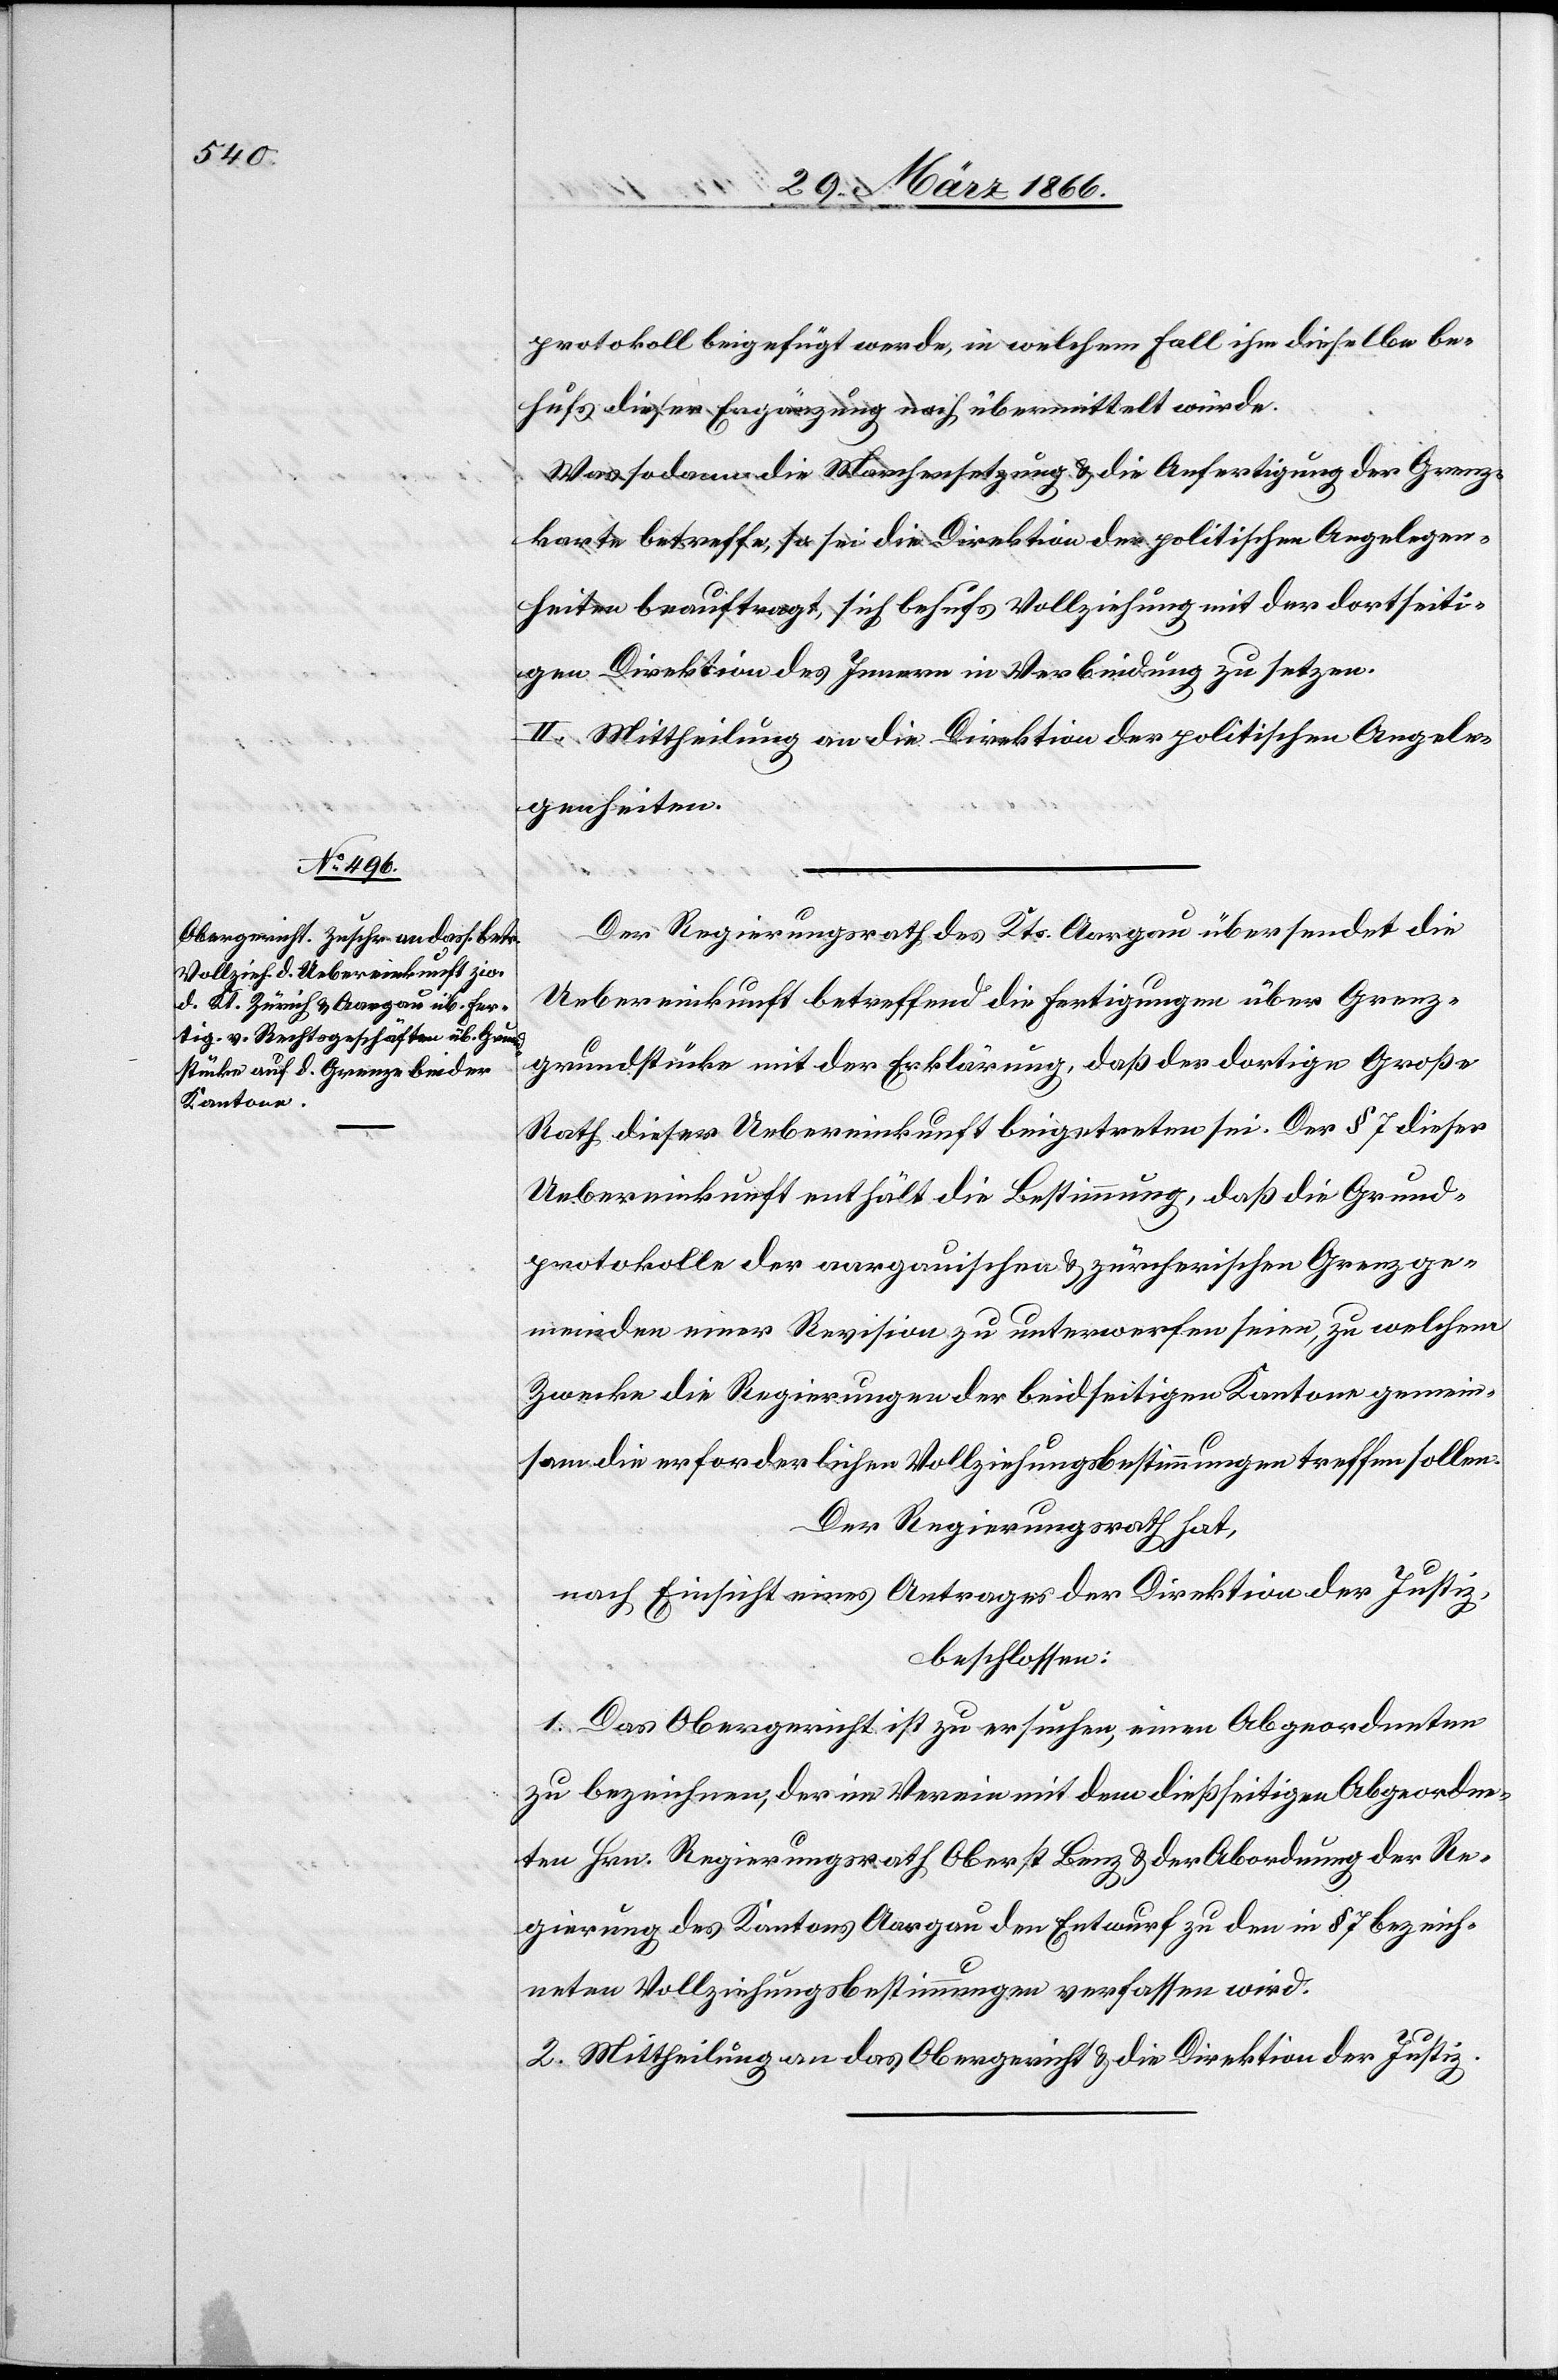
Der Regierungsrath des Kts. Aargau übersendet die
Uebereinkunft betreffend die Fertigungen über Grenz¬
grundstücke mit der Erklärung, daß der dortige Große
Rath dieser Uebereinkunft beigetreten sei. Der § 7 dieser
Uebereinkunft enthält die Bestimmung, daß die Grund¬
protokolle der aargauischen u. zürcherischen Grenzge¬
meinden einer Revision zu unterwerfen seien, zu welchem
Zwecke die Regierungen der beidseitigen Kantone gemein¬
sam die erforderlichen Vollziehungsbestimmungen treffen sollen.
Der Regierungsrath hat,
nach Einsicht eines Antrages der Direktion der Justiz,
beschlossen:
1. Das Obergericht ist zu ersuchen, einen Abgeordneten
zu bezeichnen, der im Verein mit dem dießseitigen Abgeordne¬
ten Hrn. Regierungsrath Oberst Benz u. der Abordnung der Re¬
gierung des Kantons Aargau den Entwurf zu den im § 7 bezeich¬
neten Vollziehungsbestimmungen verfassen wird.
2. Mittheilung an das Obergericht u. die Direktion der Justiz.